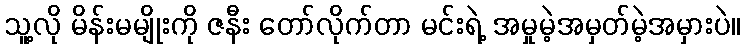
သူ့လို မိန်းမမျိုးကို ဇနီး တော်လိုက်တာ မင်းရဲ့ အမှုမဲ့အမှတ်မဲ့အမှားပဲ။